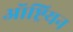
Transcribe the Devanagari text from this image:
ऑष्ट्रियन